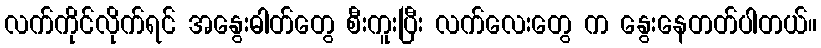
လက်ကိုင်လိုက်ရင် အနွေးဓါတ်တွေ စီးကူးပြီး လက်လေးတွေ က နွေးနေတတ်ပါတယ်။